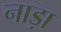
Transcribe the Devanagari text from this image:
नाड़ा